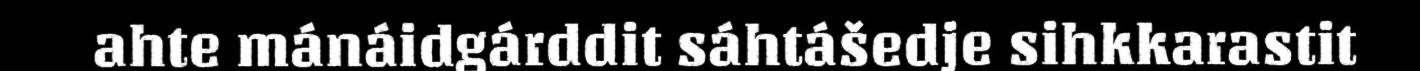
ahte mánáidgárddit sáhtášedje sihkkarastit